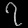
Digit: ၇